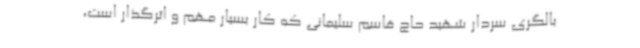
بالگری سردار شهید حاج قاسم سلیمانی که کار بسیار مهم و اثرگذار است،